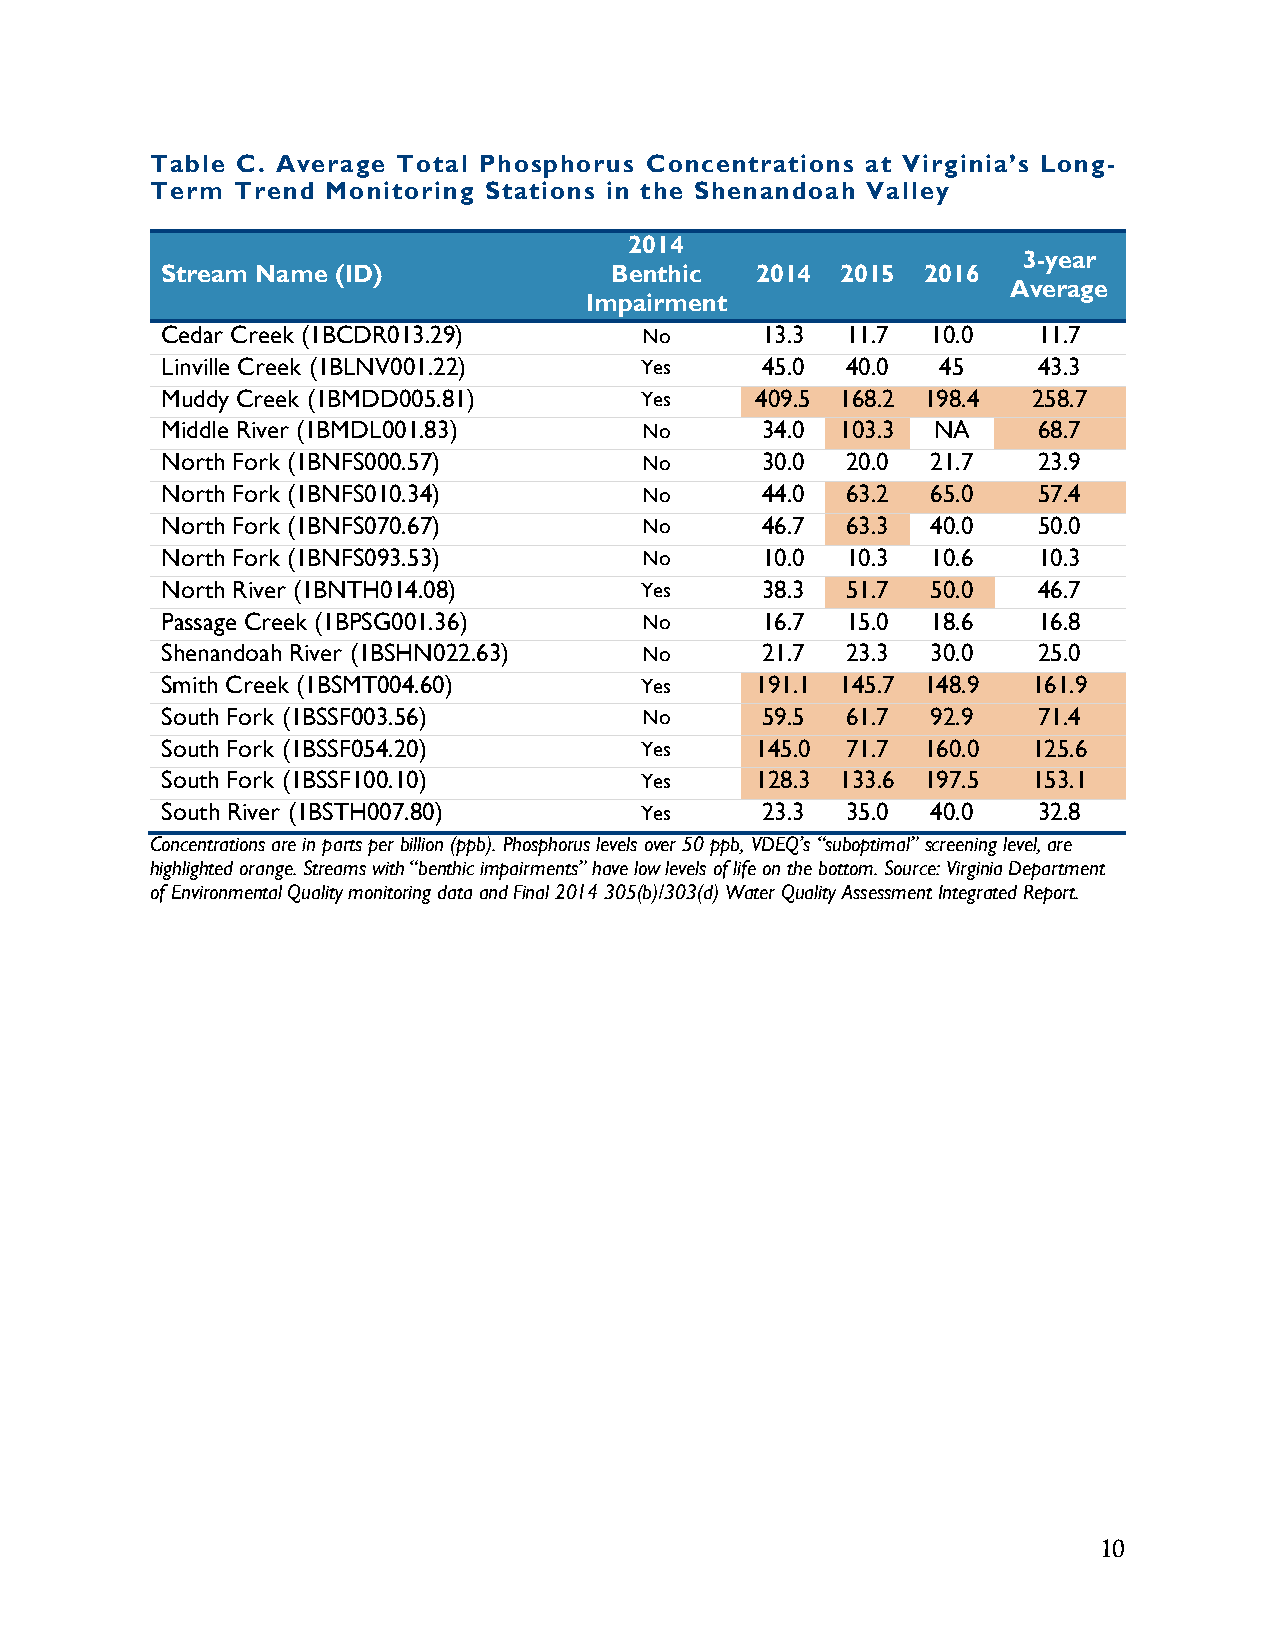
Table C. Average Total Phosphorus Concentrations at Virginia’s Long-
 Term Trend  Monitoring Stations in the Shenandoah Valley
 2014
 3-year
 Stream Name (ID)             Benthic   2014  2015 2016
 Average
 Impairment
 Cedar Creek (1BCDR013.29)       No     13.3  11.7  10.0   11.7
 Linville Creek (1BLNV001.22)   Yes     45.0  40.0  45     43.3
 Muddy Creek (1BMDD005.81)      Yes     409.5 168.2 198.4 258.7
 Middle River (1BMDL001.83)      No     34.0  103.3 NA     68.7
 North Fork (1BNFS000.57)        No     30.0  20.0  21.7   23.9
 North Fork (1BNFS010.34)        No     44.0  63.2  65.0   57.4
 North Fork (1BNFS070.67)        No     46.7  63.3  40.0   50.0
 North Fork (1BNFS093.53)        No     10.0  10.3  10.6   10.3
 North River (1BNTH014.08)      Yes     38.3  51.7  50.0   46.7
 Passage Creek (1BPSG001.36)     No     16.7  15.0  18.6   16.8
 Shenandoah River (1BSHN022.63)  No     21.7  23.3  30.0   25.0
 Smith Creek (1BSMT004.60)      Yes     191.1 145.7 148.9 161.9
 South Fork (1BSSF003.56)        No     59.5  61.7  92.9   71.4
 South Fork (1BSSF054.20)       Yes     145.0 71.7 160.0  125.6
 South Fork (1BSSF100.10)       Yes     128.3 133.6 197.5 153.1
 South River (1BSTH007.80)      Yes     23.3  35.0  40.0   32.8
 Concentrations are in parts per billion (ppb). Phosphorus levels over 50 ppb, VDEQ’s “suboptimal” screening level, are
 highlighted orange. Streams with “benthic impairments” have low levels of life on the bottom. Source: Virginia Department
 of Environmental Quality monitoring data and Final 2014 305(b)/303(d) Water Quality Assessment Integrated Report.
 10